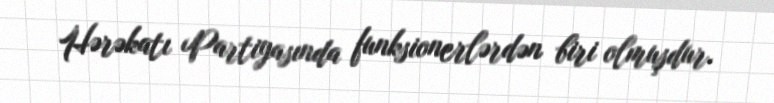
Hərəkatı Partiyasında funksionerlərdən biri olmuşdur.